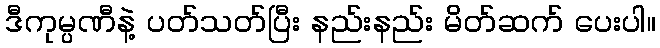
ဒီကုမ္ပဏီနဲ့ ပတ်သတ်ပြီး နည်းနည်း မိတ်ဆက် ပေးပါ။